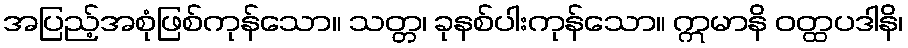
အပြည့်အစုံဖြစ်ကုန်သော။ သတ္တ၊ ခုနစ်ပါးကုန်သော။ ဣမာနိ ဝတ္ထပဒါနိ၊